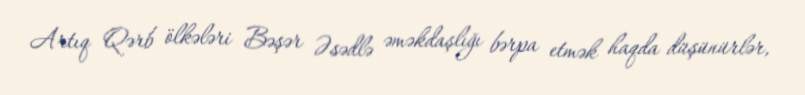
Artıq Qərb ölkələri Bəşər Əsədlə əməkdaşlığı bərpa etmək haqda düşünürlər,